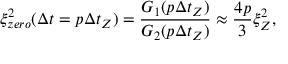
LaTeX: \xi _ { z e r o } ^ { 2 } ( \Delta t = p \Delta t _ { Z } ) = \frac { G _ { 1 } ( p \Delta t _ { Z } ) } { G _ { 2 } ( p \Delta t _ { Z } ) } \approx \frac { 4 p } { 3 } \xi _ { Z } ^ { 2 } ,